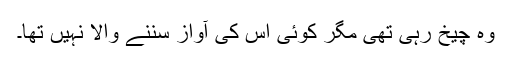
وہ چیخ رہی تھی مگر کوئی اس کی آواز سننے والا نہیں تھا۔